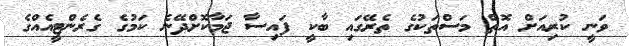
ވަނީ ކުރިއަށް އޮތް މަސްތަކުގެ ތެރޭގައި ބާކީ ފައިސާ ޖަމާކޮށްދޭނެ ކަމުގެ ގެރެންޓީއެއްގެ